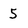
Character: 5